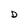
Character: D